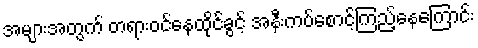
အများအတွက် တရားဝင်နေထိုင်ခွင့် အနီးကပ်စောင့်ကြည့်နေကြောင်း